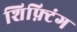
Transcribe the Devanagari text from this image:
शिफ़्टिंग